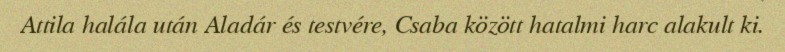
Attila halála után Aladár és testvére, Csaba között hatalmi harc alakult ki.